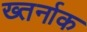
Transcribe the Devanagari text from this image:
ख्तर्नाक